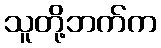
သူတို့ဘက်က